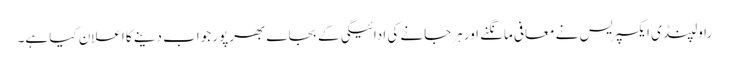
راولپنڈی ایکسپریس نے معافی مانگنے اور ہرجانے کی ادائیگی کے بجاے بھرپور جواب دینے کا اعلان کیا ہے۔